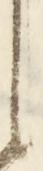
に